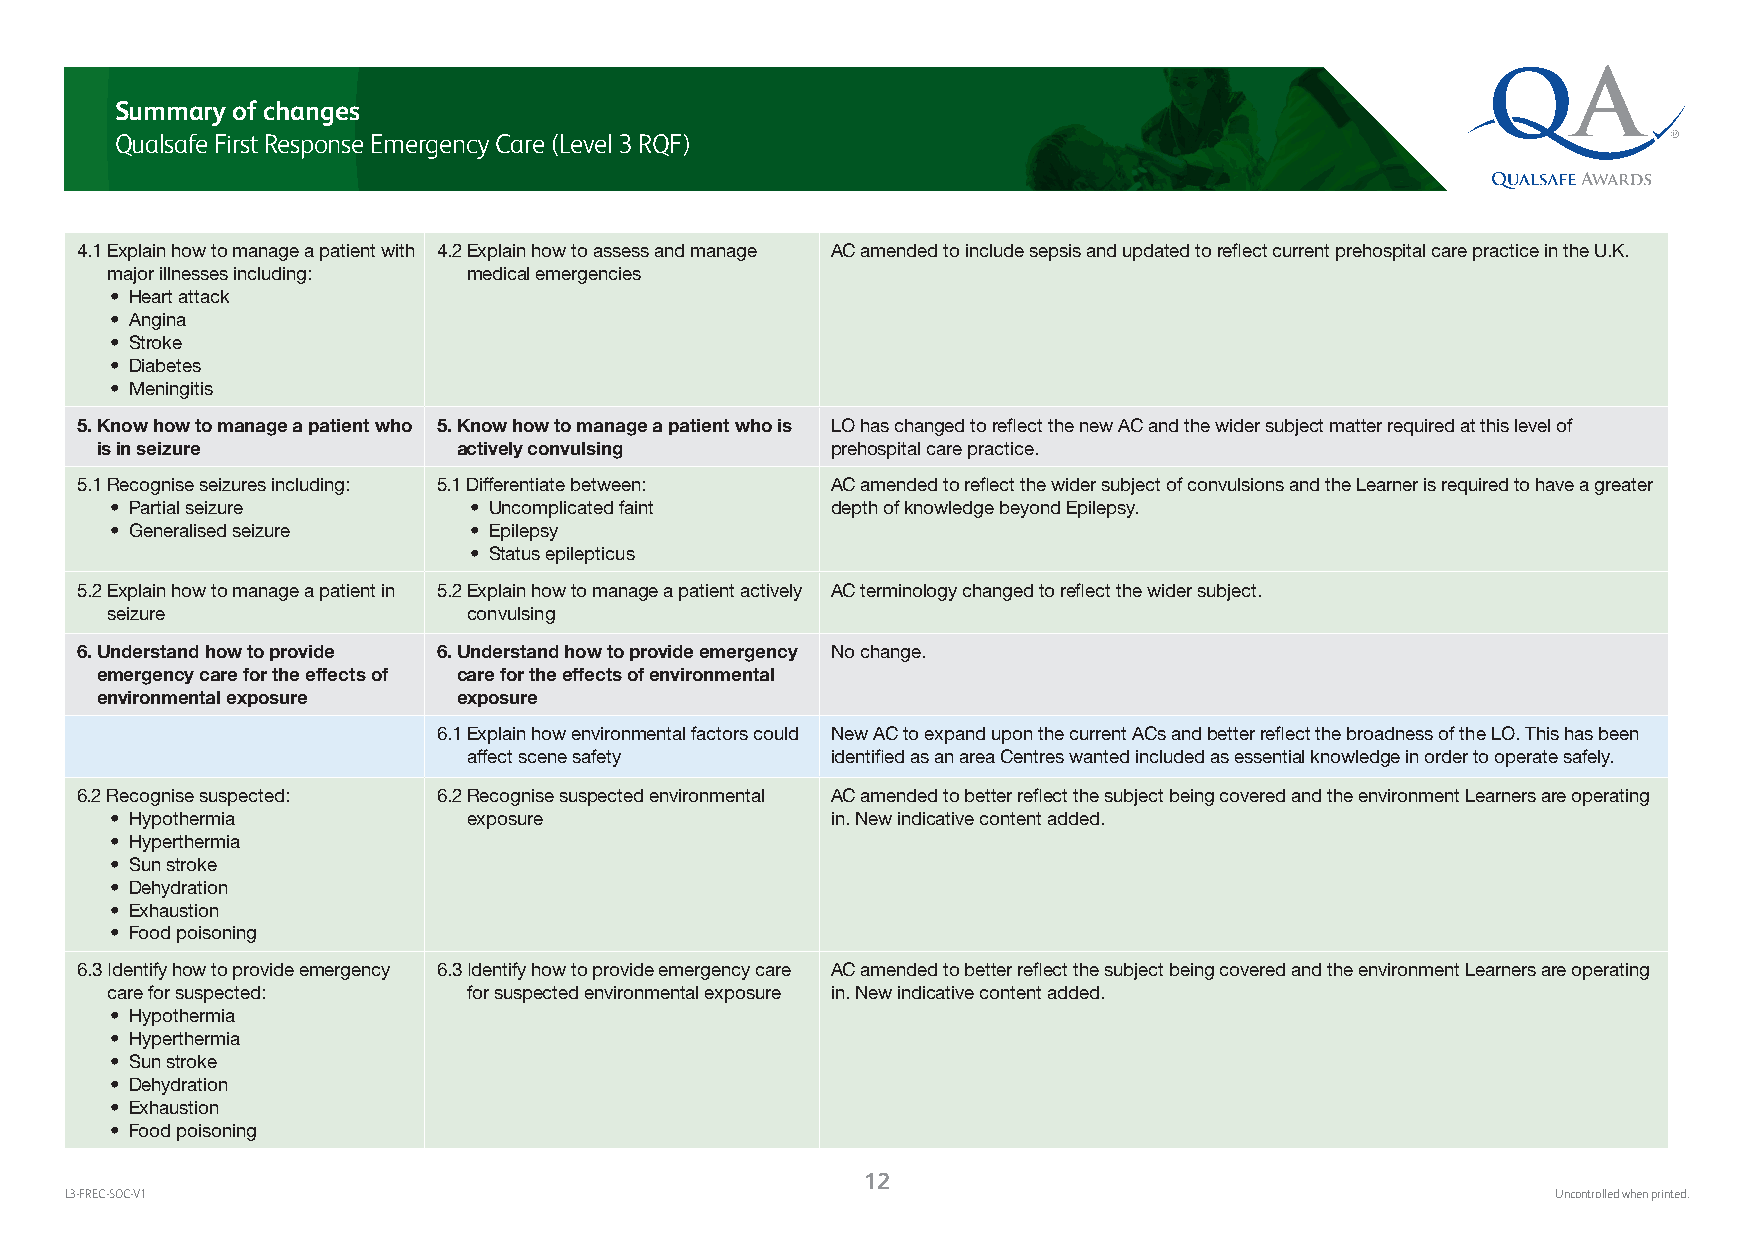
Summary of changes
 Qualsafe First Response Emergency Care (Level 3 RQF)
 4.1 E xplain how to manage a patient with 4.2 E xplain how to assess and manage AC amended to include sepsis and updated to reflect current prehospital care practice in the U.K.
 major illnesses including: medical emergencies
 • Heart attack
 • Angina
 • Stroke
 • Diabetes
 • Meningitis
 5. K now how to manage a patient who 5. K now how to manage a patient who is LO has changed to reflect the new AC and the wider subject matter required at this level of
 is in seizure           actively convulsing      prehospital care practice.
 5.1 R ecognise seizures including: 5.1 Differentiate between: AC amended to reflect the wider subject of convulsions and the Learner is required to have a greater
 • Partial seizure       • Uncomplicated faint   depth of knowledge beyond Epilepsy.
 • Generalised seizure   • Epilepsy
 • Status epilepticus
 5.2 E xplain how to manage a patient in 5.2 E xplain how to manage a patient actively AC terminology changed to reflect the wider subject.
 seizure                 convulsing
 6. U nderstand how to provide 6. U nderstand how to provide emergency No change.
 emergency care for the effects of care for the effects of environmental
 environmental exposure  exposure
 6.1 E xplain how environmental factors could New AC to expand upon the current ACs and better reflect the broadness of the LO. This has been
 affect scene safety     identified as an area Centres wanted included as essential knowledge in order to operate safely.
 6.2 Recognise suspected: 6.2 R ecognise suspected environmental AC amended to better reflect the subject being covered and the environment Learners are operating
 • Hypothermia           exposure                in. New indicative content added.
 • Hyperthermia
 • Sun stroke
 • Dehydration
 • Exhaustion
 • Food poisoning
 6.3 I dentify how to provide emergency 6.3 I dentify how to provide emergency care AC amended to better reflect the subject being covered and the environment Learners are operating
 care for suspected:     for suspected environmental exposure in. New indicative content added.
 • Hypothermia
 • Hyperthermia
 • Sun stroke
 • Dehydration
 • Exhaustion
 • Food poisoning
 12
 L3-FREC-SOC-V1                                                                                     Uncontrolled when printed.